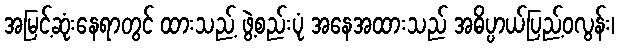
အမြင့်ဆုံးနေရာတွင် ထားသည့် ဖွဲ့စည်းပုံ အနေအထားသည် အဓိပ္ပာယ်ပြည့်ဝလွန်း၊